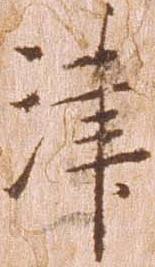
津